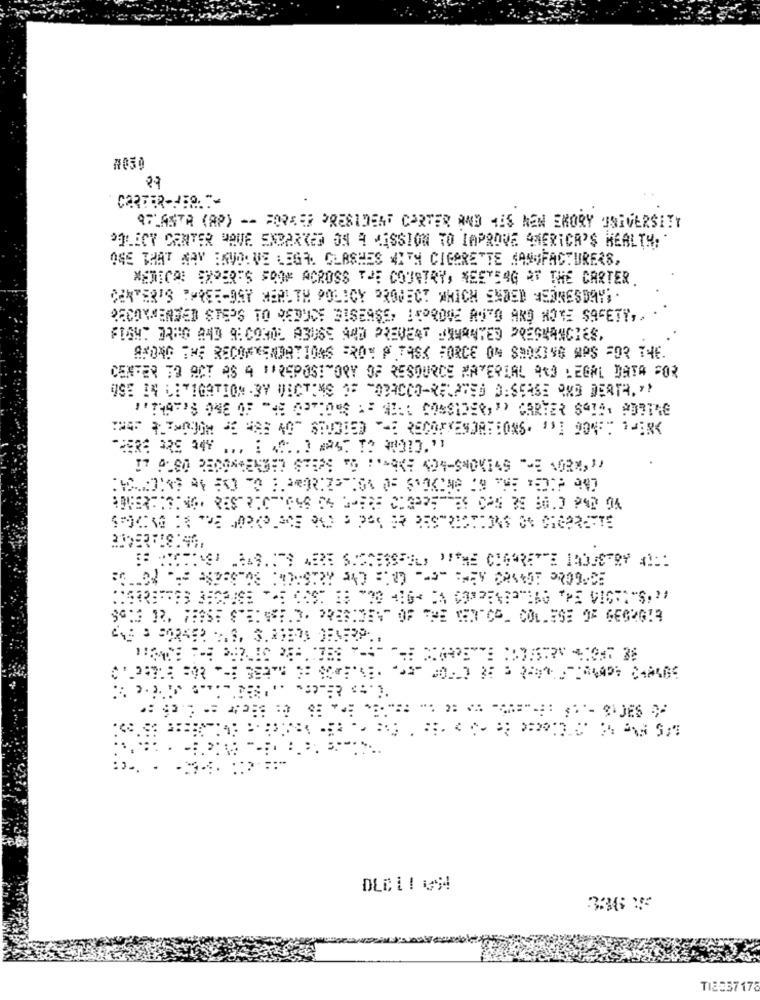
#050
ATLANTA (AP) -- FORMER PRESIDENT CARTER AND MES NEN EMORY UNIVERSITY
POLICY CENTER MAVE ENBARKED ON A MISSION TO IMPROVE AMERICA'S HEALTH:
ONE THAT MAY INVO: VE LEGA. CLASHES WITH CIGARETTE MANUFACTURERS,
MEXICO: EXPERTS SOON ACROSS THE COUNTRY, NEETEOG AT THE CARTER
CENTER'S THREE-DAY HEALTH POLICY PROJECT WHICH ENDED #SONESDAY; .
RECOMMENDED STEPS TO REDUCE DISEASE, LEPROVE ROTO AND NOTE SAFETY ,. .
FIGHT OR80 A40 9: COMOL ABUSE AND PREVENT JAWANTED PREGNANCIES.
AMONG THE RECORKENDATIONS FROM P TASK FORCE ON SMOKING APS FOR THE.
CENTER TO ACT AS 4 "'REPOSITORY OF RESOURCE MATERIAL AND LEGAL DATA FOR
USE IN LITIGATION . BY VICTIMS OF TOBACCO-RELATED DISEASE AND DEATH."!
I7 0100 RECOMENBET STEPS TO :ARKE 494-540KI49 TE 102M, "
SUCRO IS DE JAPOLSCE PAULO PAS IR RESTRICTIONS ON CHEPRETTE
% OF THE WEN"CO_ COLLEGE OF GEGRGIR
336 27
TIE83717